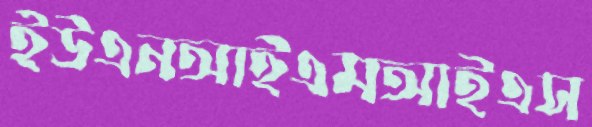
ইউএনআইএমআইএস